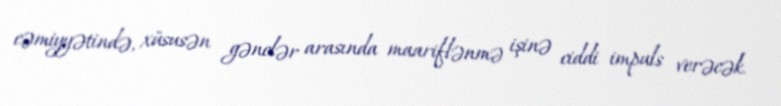
cəmiyyətində, xüsusən gənclər arasında maariflənmə işinə ciddi impuls verəcək.